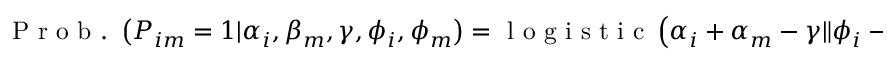
\mathrm { ~ P ~ r ~ o ~ b ~ . ~ } \left( P _ { i m } = 1 | \alpha _ { i } , \beta _ { m } , \gamma , \phi _ { i } , \phi _ { m } \right) = \mathrm { ~ l ~ o ~ g ~ i ~ s ~ t ~ i ~ c ~ } \left( \alpha _ { i } + \alpha _ { m } - \gamma \| \phi _ { i } - \phi _ { m } \| ^ { 2 } \right) ,